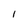
Character: 1